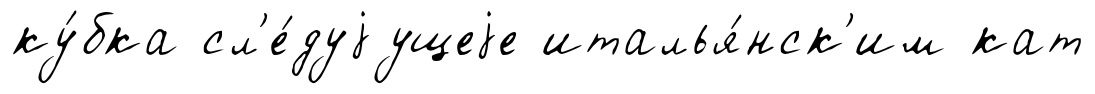
ку́бка сл'е́дуjущеjе италья́нск'им кат